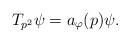
LaTeX: \begin{align*} T_{p^2} \psi = a_\varphi(p)\psi.\end{align*}